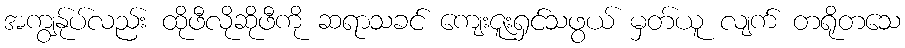
အကျွန်ုပ်လည်း ထိုဖီလိုဆိုဖီကို ဆရာသခင် ကျေးဇူးရှင်သဖွယ် မှတ်ယူ လျက် တရိုတသေ